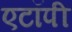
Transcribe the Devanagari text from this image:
एटॉपी